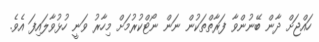
ހައްޖަށް ދާން ބޭނުންވާ ފަރާތްތަކުން ނަން ނޯޓްކުރުމަށް މިހާރު ވަނީ ހުޅުވާލައިފަ އެވެ.